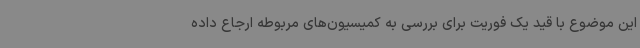
این موضوع با قید یک فوریت برای بررسی به کمیسیون‌های مربوطه ارجاع داده